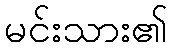
မင်းသား၏